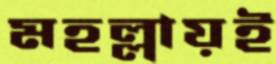
মহল্লায়ই